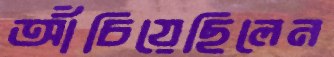
আঁচিয়েছিলেন